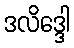
ဒလိဒ္ဒေါ